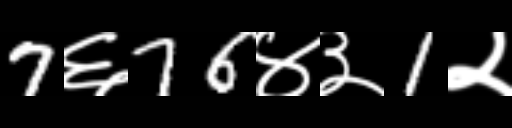
Text: 7६76४३1२